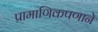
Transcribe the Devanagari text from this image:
प्रामाणिकपणाने